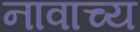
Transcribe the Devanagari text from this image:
नावाच्य